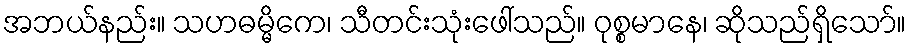
အဘယ်နည်း။ သဟဓမ္မိကေ၊ သီတင်းသုံးဖေါ်သည်။ ဝုစ္စမာနေ၊ ဆိုသည်ရှိသော်။